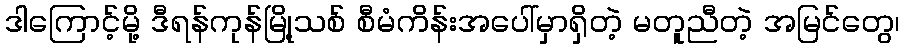
ဒါကြောင့်မို့ ဒီရန်ကုန်မြို့သစ် စီမံကိန်းအပေါ်မှာရှိတဲ့ မတူညီတဲ့ အမြင်တွေ၊